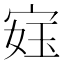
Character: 𫳙